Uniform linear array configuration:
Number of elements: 12
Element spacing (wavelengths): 0.25
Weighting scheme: blackman
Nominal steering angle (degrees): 45
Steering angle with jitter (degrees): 43.02
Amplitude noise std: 0.05
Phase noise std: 0.05

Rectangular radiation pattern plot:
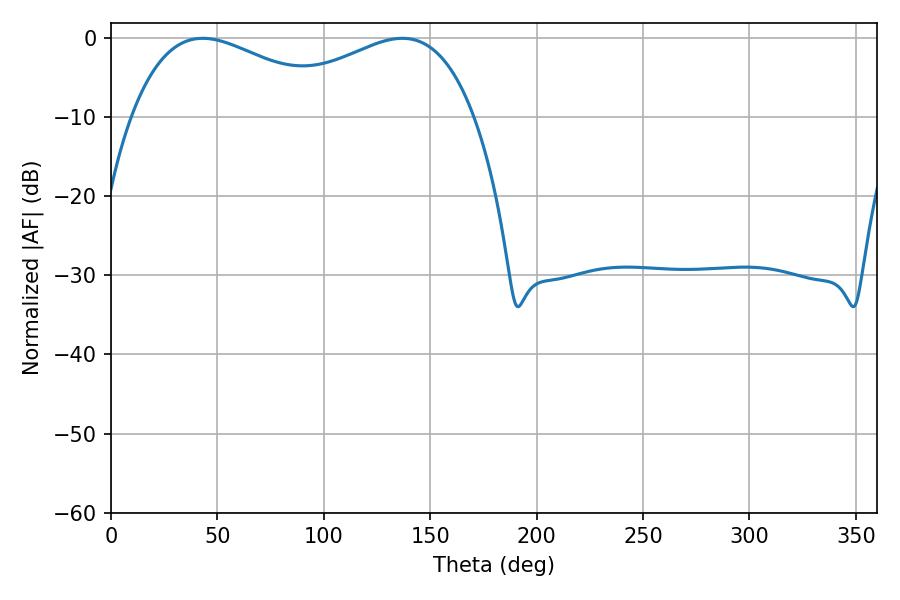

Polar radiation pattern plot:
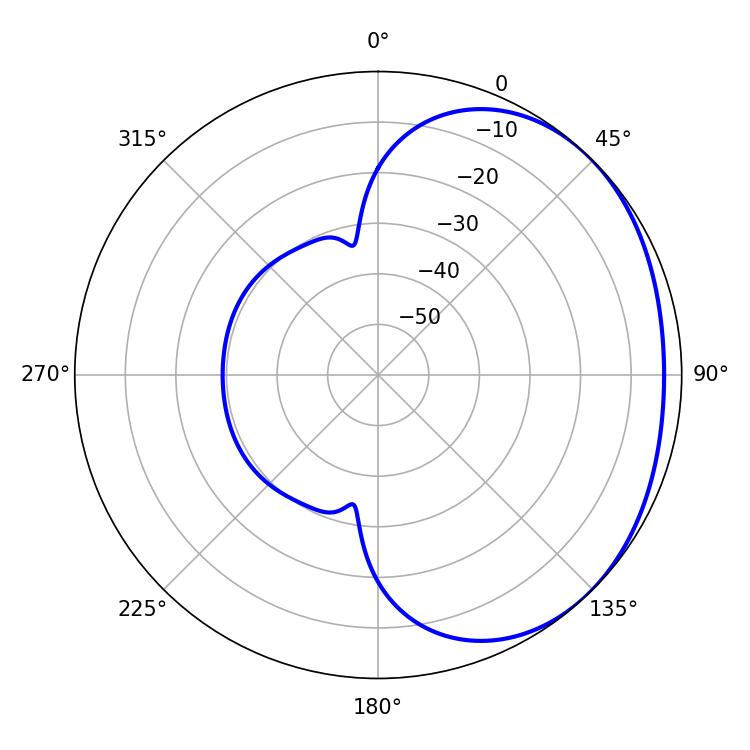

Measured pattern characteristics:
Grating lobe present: FALSE
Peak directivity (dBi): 1.765
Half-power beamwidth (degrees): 54.9
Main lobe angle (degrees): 43.02